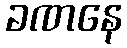
ခဏနေ